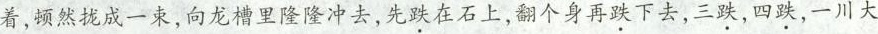
着，顿然拢成一束，向龙槽里隆隆冲去，先跌在石上，翻个身再跌下去，三跌，四跌，一川大